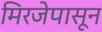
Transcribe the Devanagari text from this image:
मिरजेपासून